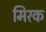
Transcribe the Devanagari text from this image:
मिरक